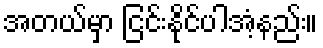
အတယ်မှာ ငြင်းနိုင်ပါအံ့နည်း။